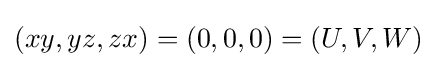
(xy,yz,zx)=(0,0,0)=(U,V,W)